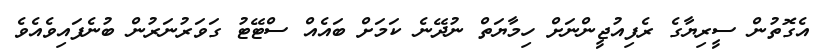
އެގޮތުން ސީރިޔާގެ ރެފިއުޖީންނަށް ހިމާޔަތް ނުދޭނެ ކަމަށް ބައެއް ސްޓޭޓު ގަވަރުނަރުން ބުނެފައިވެއެވެ